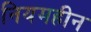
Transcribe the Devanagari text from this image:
नियमहीन